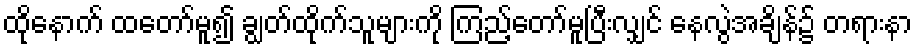
ထိုနောက် ထတော်မူ၍ ချွတ်ထိုက်သူများကို ကြည့်တော်မူပြီးလျှင် နေလွဲအချိန်၌ တရားနာ